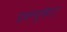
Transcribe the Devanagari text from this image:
डब्ल्यूकेए